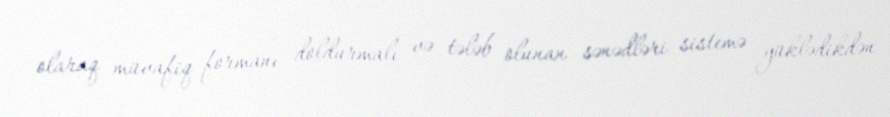
olaraq müvafiq formanı doldurmalı və tələb olunan sənədləri sistemə yüklədikdən